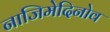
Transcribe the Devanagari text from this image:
नाजिमेदिनोव